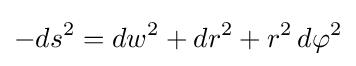
-ds^{2}=dw^{2}+dr^{2}+r^{2}\,d\varphi ^{2}